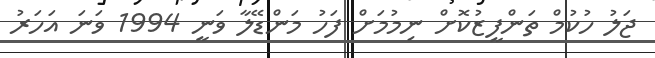
ޖަލު ހުކުމް ތަންފީޒުކޮށް ނިމުމަށް ފަހު މަންޑޭލާ ވަނީ 1994 ވަނަ އަހަރު